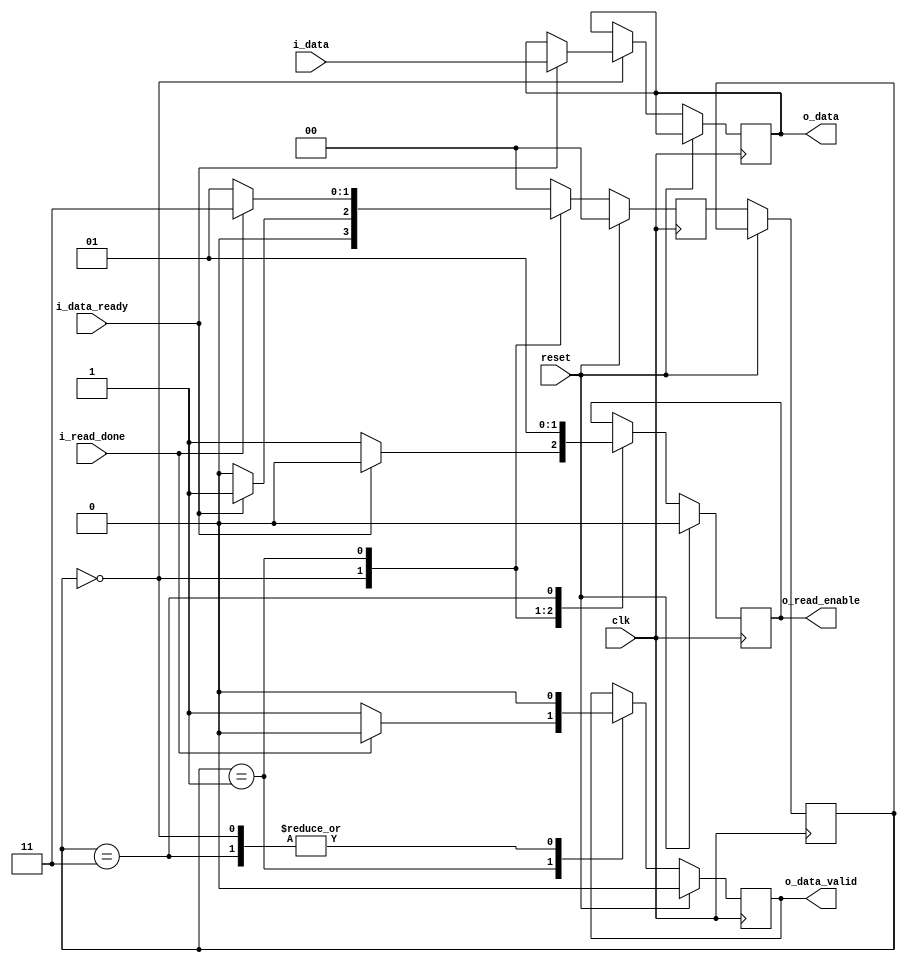
module no_effect #( parameter
    data_width = 16          // data width 
)(
    input                                   clk,
    input                                   reset,
    input   signed      [data_width-1: 0]   i_data,
    output  signed      [data_width-1: 0]   o_data,
    input                                   i_read_done,
    output                                  o_read_enable,
    output                                  o_data_valid,
    input                                   i_data_ready
);

//-------------Internal Constants---------------------------
localparam [1:0]        IDLE         = 'd0,
                        OUTPUT       = 'd1,
                        CLEAR        = 'd3;

reg [1:0] r_state=IDLE, r_next=IDLE;

reg   signed      [data_width-1: 0]     r_data = 'b0;
reg                                     r_read_enable = 0;
reg                                     r_data_valid = 0;

assign  o_read_enable   = r_read_enable;
assign  o_data_valid    = r_data_valid;
assign  o_data          = r_data;


//---------state register sequential always block-----------
always @(posedge clk ) begin
    if (~reset) begin
        r_state <= r_next;
    end 
end

//----next state & outputs, combinational always block------

always @(posedge clk ) begin
    if (reset) begin
        r_next <= IDLE;
        r_read_enable <= 0;     // redy to read data
        r_data_valid <= 0;
    end   
    else begin  
    case(r_state)
        IDLE    :   begin
                        if (i_data_ready == 1) begin
                            r_next <= OUTPUT;
                            r_data <= i_data;
                            r_read_enable <= 0;
                            r_data_valid <= 0;
                        end
                        else begin
                            r_next <= IDLE;
                            r_read_enable <= 1;     // redy to read data
                            r_data_valid <= 0;
                        end                     
                    end
        OUTPUT  :   begin
                        if (i_read_done == 1) begin
                            r_next <= CLEAR;
                            r_data_valid <= 0;
                            r_read_enable <= 0;
                        end
                        else begin
                            r_next <= OUTPUT;
                            r_data_valid <= 1;
                            r_read_enable <= 0;     // read disable
                        end
                    end
        CLEAR   :   begin
                        r_next <= IDLE;
                        r_data_valid  <= 0;
                        r_read_enable <= 1;
                    end
        default:    begin
                        r_next <= IDLE;          // on error
                    end
    endcase 
    end
end



endmodule